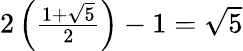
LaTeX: \textstyle 2\left({\frac{1+{\sqrt{5}}}{2}}\right)-1={\sqrt{5}}